Annual report on the Civil Veterinary Department, Burma (including the Insein Veterinary School) - 1923-1931
Year: 1923
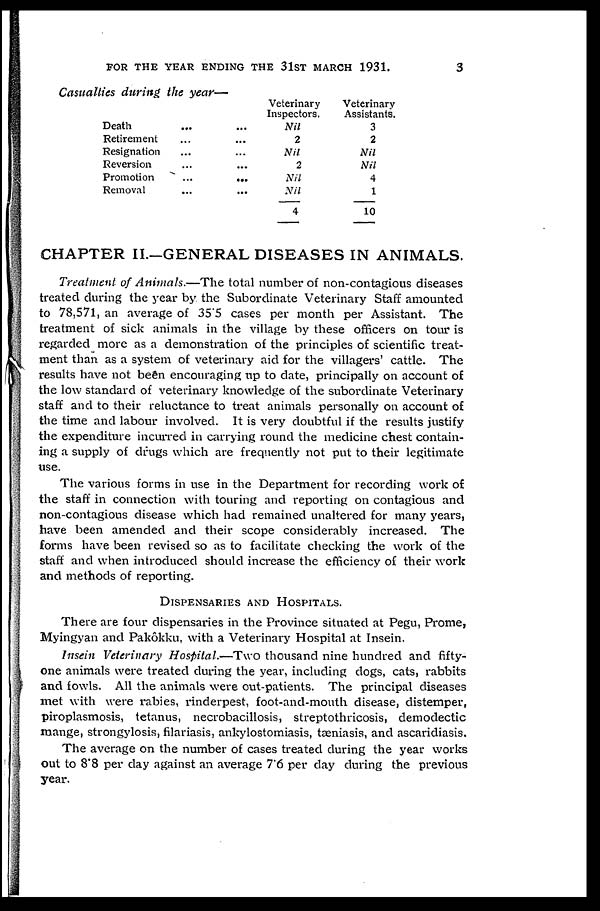
FOR THE YEAR ENDING THE 3lST MARCH 1931.
3
Casualties during the year—
Death ... ...
Retirement ... ...
Resignation ... ...
Reversion ... ...
Promotion ... ...
Removal ... ...
Veterinary
Inspectors.
Nil
2
Nil
2
Nil
Nil
4
Veterinary
Assistants.
3
2
Nil
Nil
4
1
10
CHAPTER II.—GENERAL DISEASES IN ANIMALS.
Treatment of Animals.—The total number of non-contagious diseases
treated during the year by the Subordinate Veterinary Staff amounted
to 78,571, an average of 35.5 cases per month per Assistant. The
treatment of sick animals in the village by these officers on tour is
regarded more as a demonstration of the principles of scientific treat-
ment than as a system of veterinary aid for the villagers' cattle. The
results have not been encouraging up to date, principally on account of
the low standard of veterinary knowledge of the subordinate Veterinary
staff and to their reluctance to treat animals personally on account of
the time and labour involved. It is very doubtful if the results justify
the expenditure incurred in carrying round the medicine chest contain-
ing a supply of drugs which are frequently not put to their legitimate
use.
The various forms in use in the Department for recording work of
the staff in connection with touring and reporting on contagious and
non-contagious disease which had remained unaltered for many years,
have been amended and their scope considerably increased. The
forms have been revised so as to facilitate checking the work of the
staff and when introduced should increase the efficiency of their work
and methods of reporting.
DISPENSARIES AND HOSPITALS.
There are four dispensaries in the Province situated at Pegu, Prome,
Myingyan and Pakôkku, with a Veterinary Hospital at Insein.
Insein Veterinary Hospital.—Two thousand nine hundred and fifty-
one animals were treated during the year, including dogs, cats, rabbits
and fowls. All the animals were out-patients. The principal diseases
met with were rabies, rinderpest, foot-and-mouth disease, distemper,
piroplasmosis, tetanus, necrobacillosis, streptothricosis, demodectic
mange, strongylosis, filariasis, ankylostomiasis, tæniasis, and ascaridiasis.
The average on the number of cases treated during the year works
out to 8.8 per day against an average 7.6 per day during the previous
year.